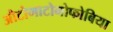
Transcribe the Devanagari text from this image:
औटोमाटोनोफोबिया